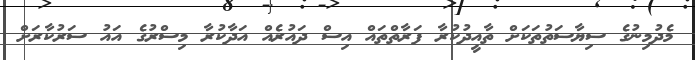
މެދުމިނުގެ ސިޔާސަތުތަކަށް ތާއީދުކުރާ ފަރާތްތައް އިސް ދައުރެއް އަދާކުރާ މިސްރުގެ އައު ސަރުކާރަށް